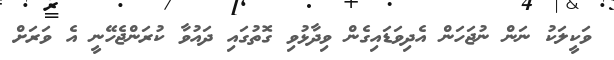
ވަކީލަކު ނަން ނުޖަހަން އެދިވަޑައިގެން ވިދާޅުވި ގޮތުގައި ދައުވާ ކުރަންޖެހޭނީ އެ ވަރަށް